38_143685_box_Incident_Summaries_101-172
Agency: Department of War
Page 9
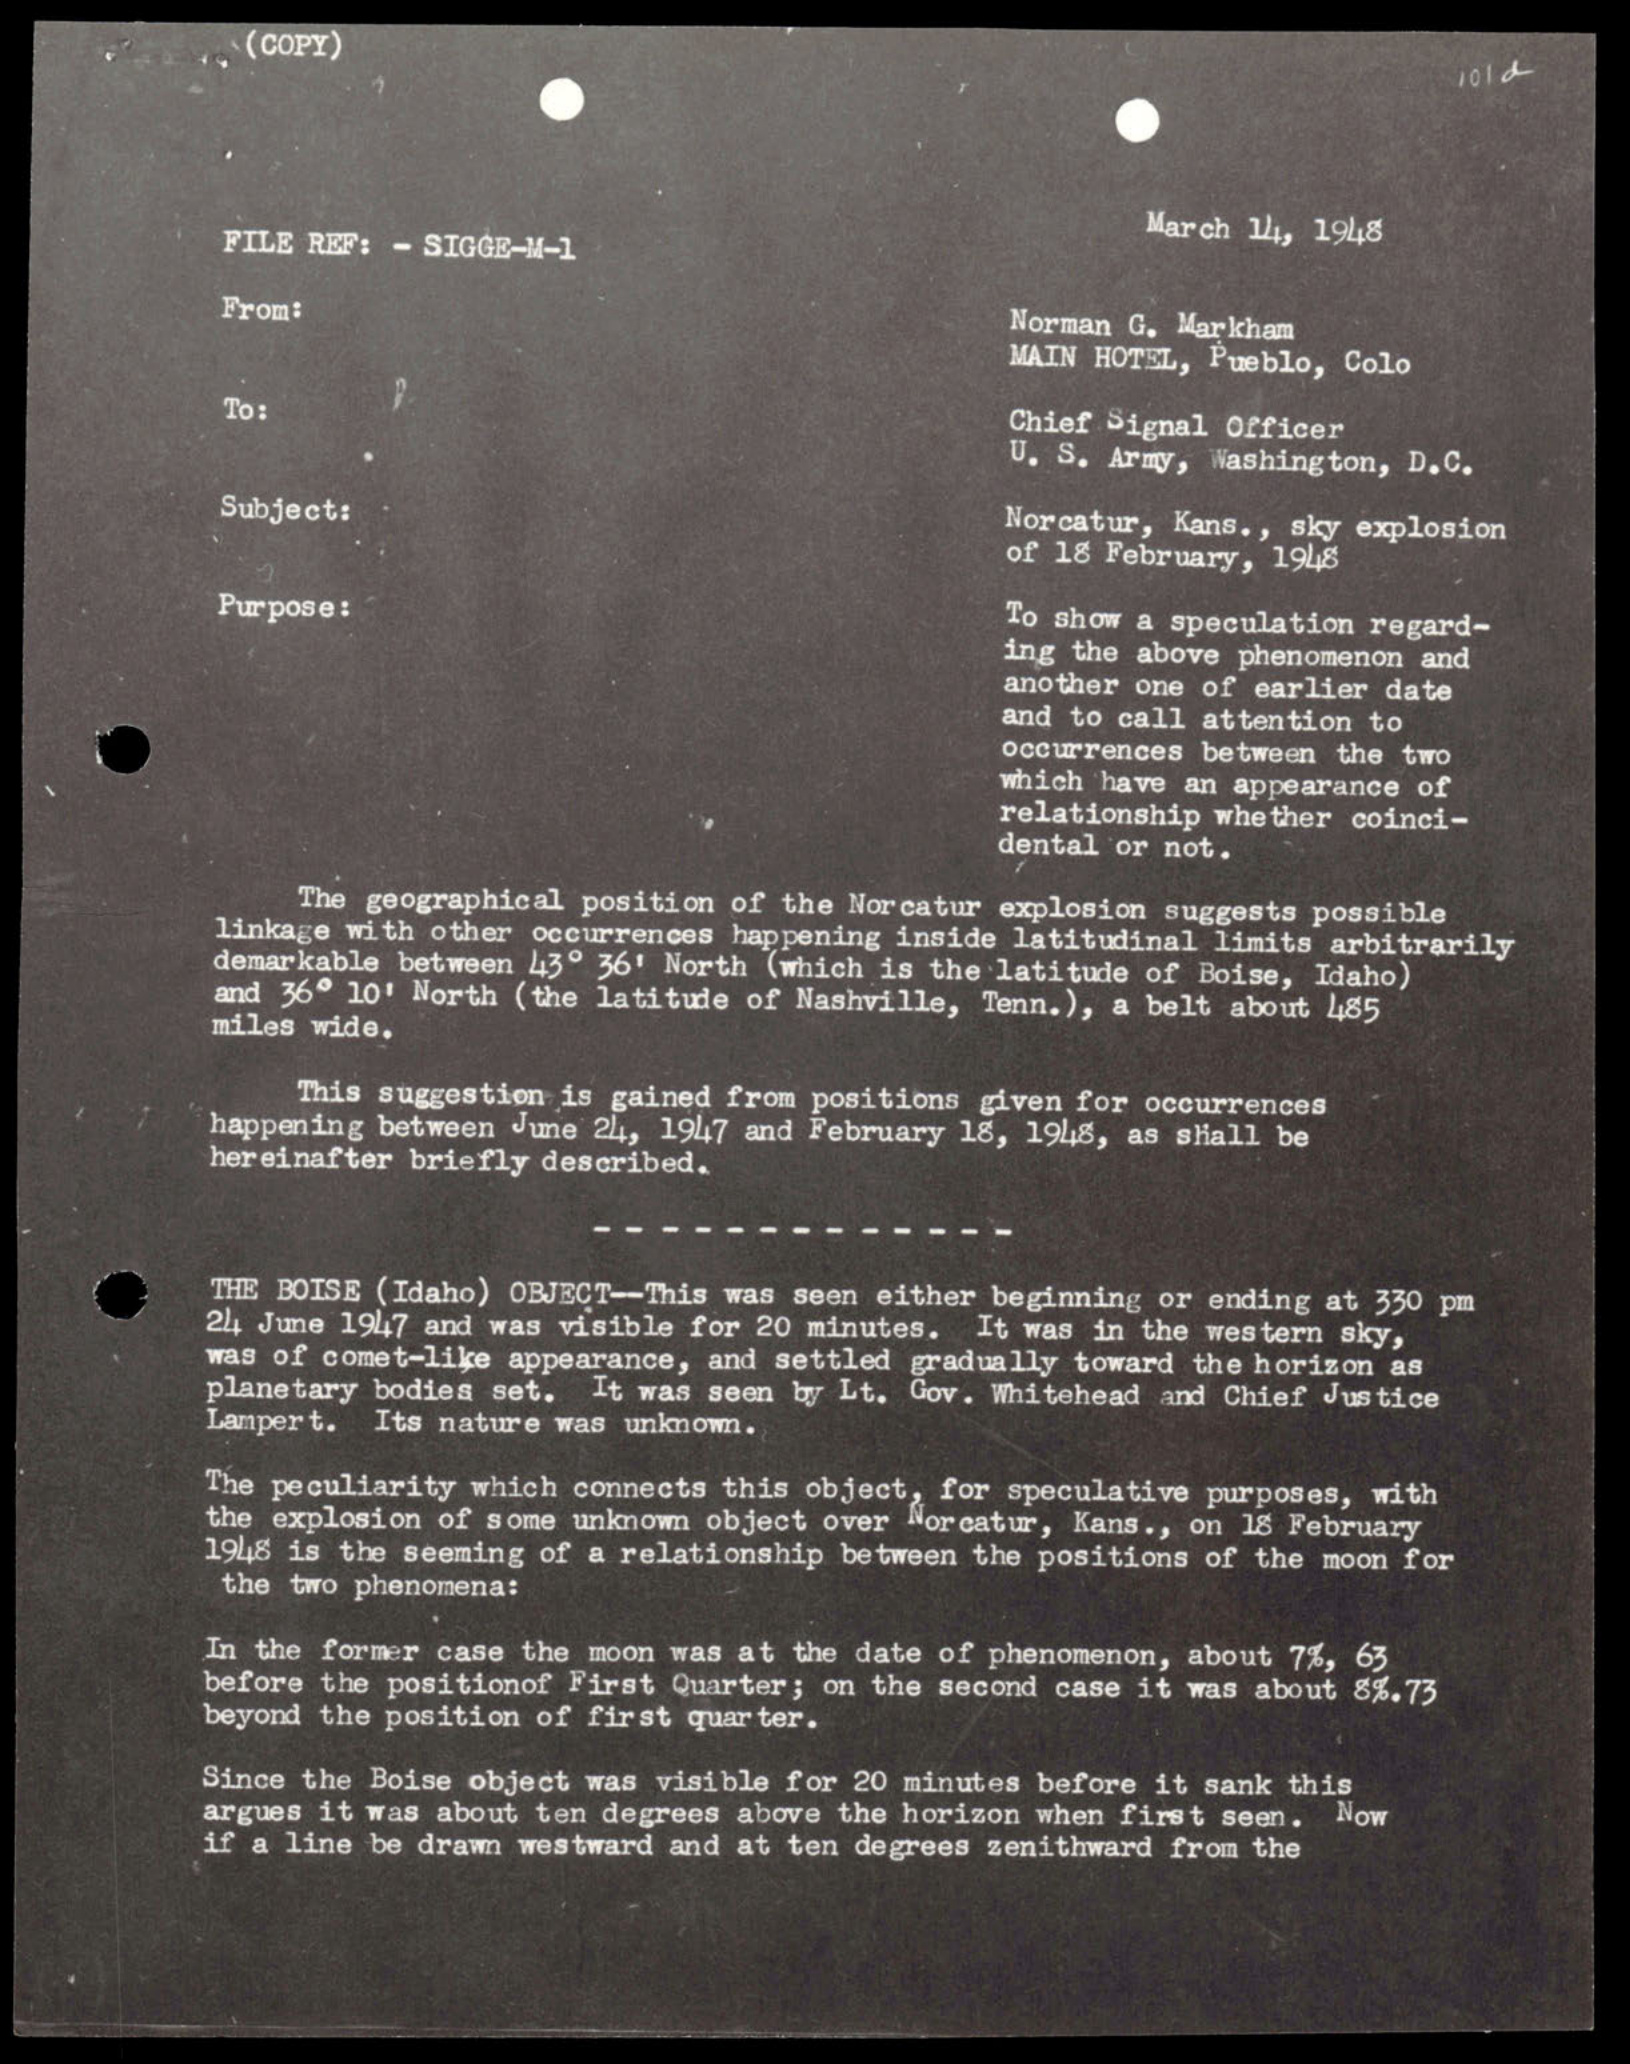